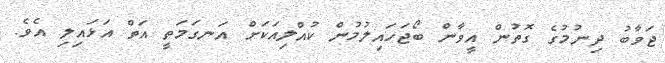
ޖަވާބު ދިނުމުގެ ގޮތުން އީވާން ބޯޖަހައިލުމުން ކުއްލިއަކަށް އަނގަމަތީ އަތް އަޅައިލި އެވެ.